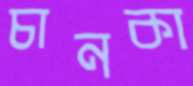
চানকা